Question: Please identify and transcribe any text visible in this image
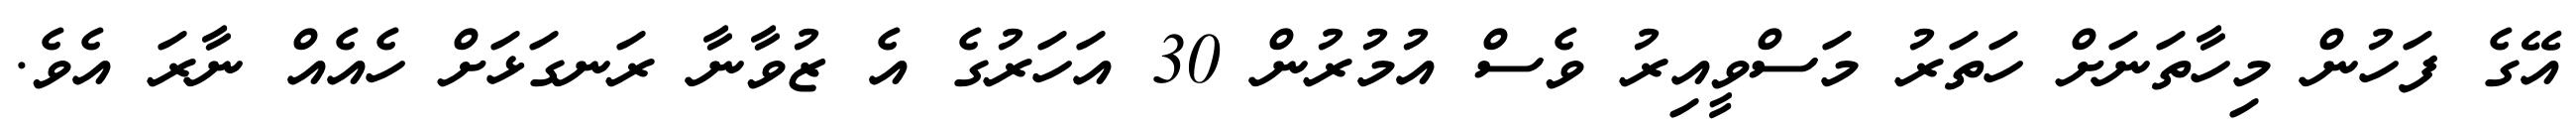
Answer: އޭގެ ފަހުން މިހާތަނަށް ހަތަރު މަސްވީއިރު ވެސް އުމުރުން 30 އަހަރުގެ އެ ޒުވާނާ ރަނގަޅަށް ހެއެއް ނާރަ އެވެ.